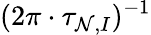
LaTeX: (2\pi\cdot\tau_{\mathcal{N},I})^{-1}